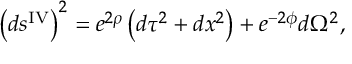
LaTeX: \left( d s ^ { \mathrm { I V } } \right) ^ { 2 } = e ^ { 2 \rho } \left( d \tau ^ { 2 } + d x ^ { 2 } \right) + e ^ { - 2 \phi } d \Omega ^ { 2 } ,